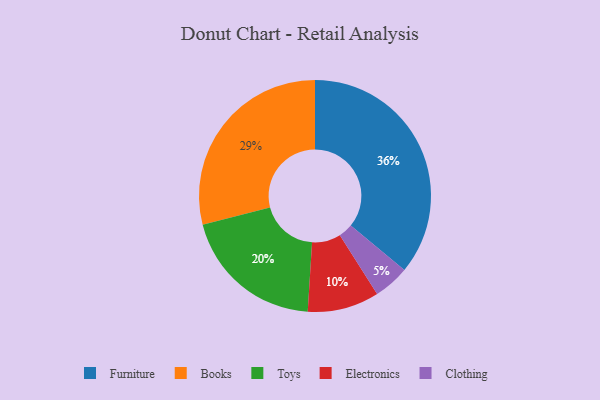
{"axis": {"x": "Category", "y": "Percentage"}, "legend": ["Books", "Clothing", "Electronics", "Furniture", "Toys"], "data": [{"x": "Clothing", "y": 5, "type": "Clothing"}, {"x": "Electronics", "y": 10, "type": "Electronics"}, {"x": "Toys", "y": 20, "type": "Toys"}, {"x": "Books", "y": 29, "type": "Books"}, {"x": "Furniture", "y": 36, "type": "Furniture"}]}